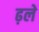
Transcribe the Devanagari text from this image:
ढ़ले